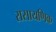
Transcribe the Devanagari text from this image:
रासायणिक